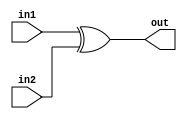
module XOR(in1, in2, out);
input in1, in2;
output out;
assign out=in1^in2;
endmodule
                      
module AND(in1,in2,out);
input in1, in2;
output out;
assign out=in1&in2;
endmodule

module OR(in1, in2, out);
input in1, in2;
output out;
assign out=in1^in2;
endmodule
        
module testbanch;
reg I1, I2, C1;
wire w1, w2,w3,sum,cout;

XOR  X1(I1, I2, w1);
XOR X2(w1,C1,sum);
AND A1(C1,w1,w2);
AND A2(I1,I2,w3);

OR O1(w2,w3,cout);


initial begin
I1 = 0; I2 = 0;C1=0;
#1 $display("sum=%b,cout=%b ", sum, cout);
I1 = 0; I2 = 0;C1=1;
#1 $display("sum=%b,cout=%b ", sum, cout);
I1 = 0; I2 = 1;C1=0;
#1 $display("sum=%b,cout=%b ", sum, cout);
I1 = 0; I2 = 1;C1=1;
#1 $display("sum=%b,cout=%b ", sum, cout);
I1 = 1; I2 = 0;C1=0;
#1 $display("sum=%b,cout=%b ", sum, cout);
I1 = 1; I2 = 0;C1=1;
#1 $display("sum=%b,cout=%b ", sum, cout);
I1 = 1; I2 = 1;C1=0;
#1 $display("sum=%b,cout=%b ", sum, cout);
I1 = 1; I2 = 1;C1=1;
#1 $display("sum=%b,cout=%b ", sum, cout);

end





endmodule